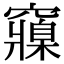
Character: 䆿